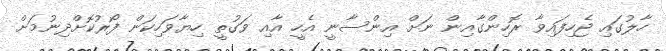
ހާލުގައި ޖެހިފައިވާ ރޮހިންގާއިން ނަށް އިންސާނީ އެހީ އާއި ވަގުތީ ހިޔާވަހިކަން ފޯރުކޮށްދިނުމަށް